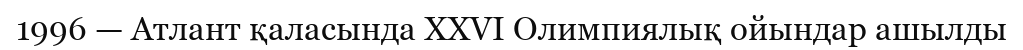
1996 — Атлант қаласында XXVI Олимпиялық ойындар ашылды